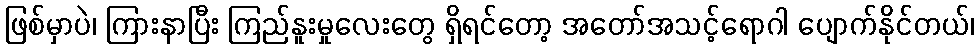
ဖြစ်မှာပဲ၊ ကြားနာပြီး ကြည်နူးမှုလေးတွေ ရှိရင်တော့ အတော်အသင့်ရောဂါ ပျောက်နိုင်တယ်၊